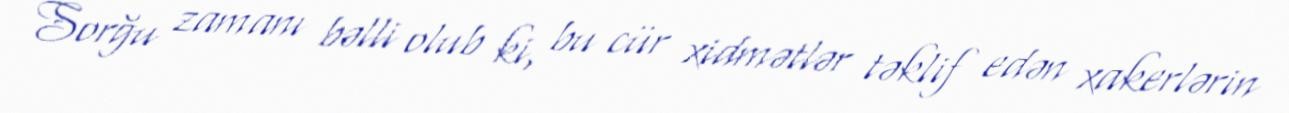
Sorğu zamanı bəlli olub ki, bu cür xidmətlər təklif edən xakerlərin